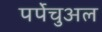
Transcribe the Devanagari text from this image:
पर्पेचुअल